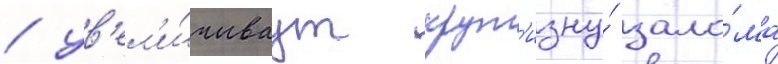
/ ув'ел'и́чиваут крут'изну́ зало́ма